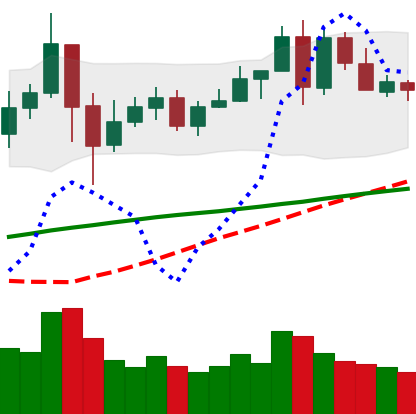
Ticker: LINK-USD
Chart end date: 2020-05-26
Forward return: 7.655%
Label: up_7plus